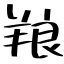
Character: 羪